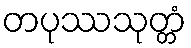
တပုဿသုတ္တံ